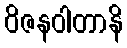
ဝိဇနဝါတာနိ